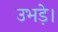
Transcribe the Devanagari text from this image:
उभड़े।